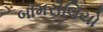
બામરોલિયો